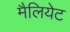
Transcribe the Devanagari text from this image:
मैलियेट